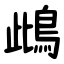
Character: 䳄